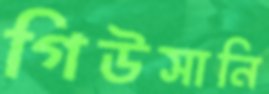
গিউসানি